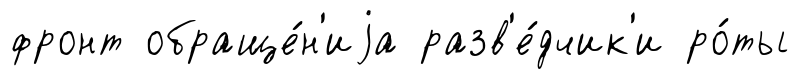
фронт обраще́н'иjа разв'е́дчик'и ро́ты